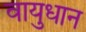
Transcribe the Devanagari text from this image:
वायुधान